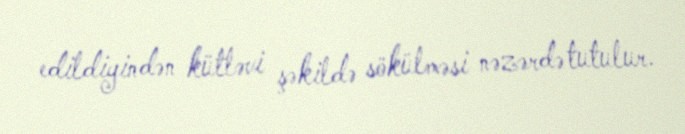
edildiyindən kütləvi şəkildə sökülməsi nəzərdə tutulur.